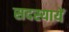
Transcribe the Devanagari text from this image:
सदस्यायें